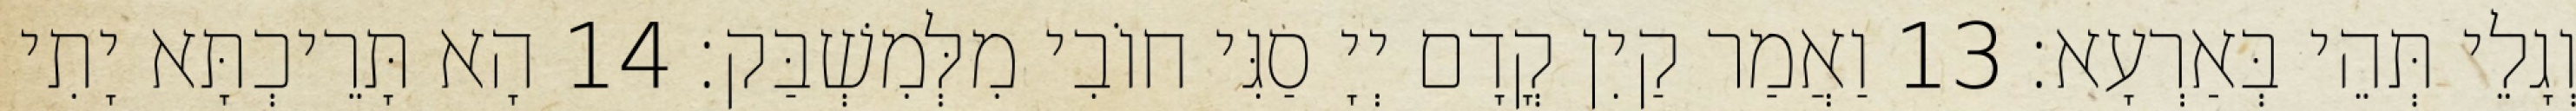
וְגָלֵי תְּהֵי בְּאַרְעָא׃ 13 וַאֲמַר קַיִן קֳדָם יְיָ סַגִּי חוֹבִי מִלְּמִשְׁבַּק׃ 14 הָא תָּרֵיכְתָּא יָתִי